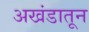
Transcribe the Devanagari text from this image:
अखंडातून